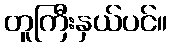
တူကြီးနှယ်ပင်။